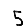
Digit: 5